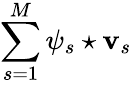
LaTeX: \sum_{s=1}^{M}\psi_{s}\star{\mathbf v}_{s}